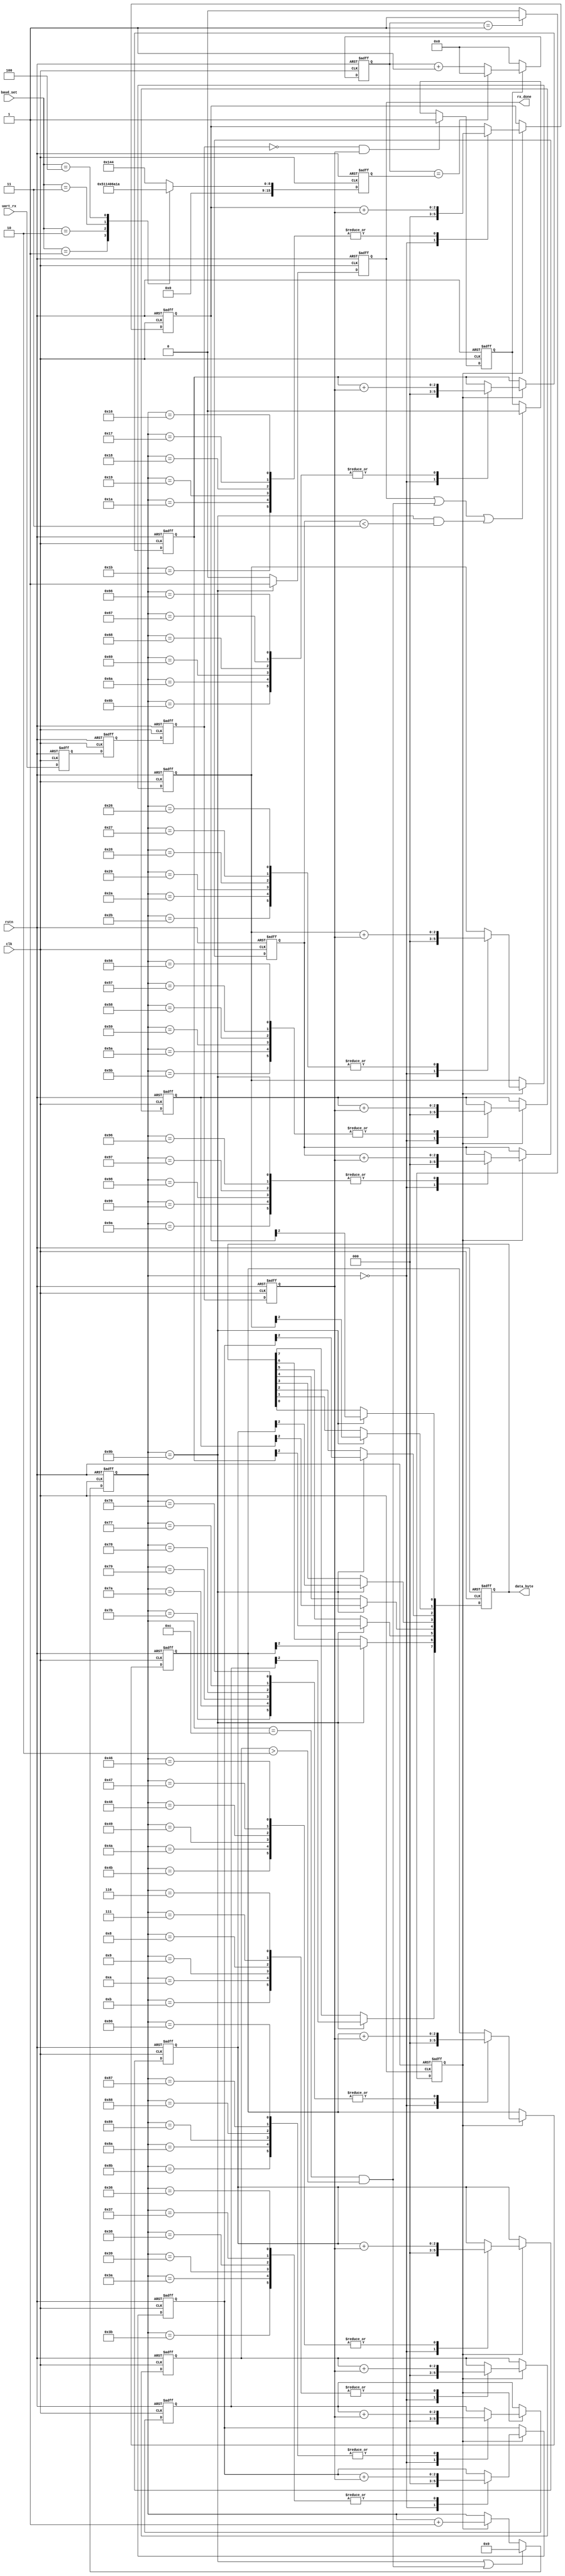
module uart_byte_rx(
    clk,
    rstn,

    uart_rx,
    baud_set,

    data_byte,
    rx_done
);

input wire clk;
input wire rstn;
input wire uart_rx;
input wire [2:0] baud_set;
output reg [7:0] data_byte;
output reg rx_done;

reg [2:0] START_BIT;
reg [2:0] STOP_BIT;
reg [7:0] bps_cnt;

//one bit CDC;
reg uart_rx_sync0;
reg uart_rx_sync1;
always @(posedge clk or negedge rstn) begin
    if (!rstn) begin
        uart_rx_sync0 <= 1'b0;
        uart_rx_sync1 <= 1'b0;
    end
    else begin
        uart_rx_sync0 <= uart_rx;
        uart_rx_sync1 <= uart_rx_sync0;
    end
end

//edge detect;
reg uart_rx_sync1_dly0;
reg uart_rx_sync1_dly1;
wire uart_rx_sync1_dly1_negedge;
always @(posedge clk or negedge rstn) begin
    if (!rstn) begin
        uart_rx_sync1_dly0 <= 1'b0;
        uart_rx_sync1_dly1 <= 1'b0;
    end
    else begin
        uart_rx_sync1_dly0 <= uart_rx_sync1;
        uart_rx_sync1_dly1 <= uart_rx_sync1_dly0;
    end
end

assign uart_rx_sync1_dly1_negedge = (!uart_rx_sync1_dly0) & uart_rx_sync1_dly1;

//uart_state;
reg uart_state;
always @(posedge clk or negedge rstn) begin
    if (!rstn) begin
        uart_state <= 1'b0;
    end
    else if (uart_rx_sync1_dly1_negedge) begin
        uart_state <= 1'b1;
    end
    else if (rx_done || ((bps_cnt == 8'd12) && (START_BIT > 2)) || ((bps_cnt == 8'd155) && (STOP_BIT < 3))) begin
        uart_state <= 1'b0;
    end
    else begin
        uart_state <= uart_state;
    end
end

//bps_dr gen;
reg [15:0] bps_dr;
always @(posedge clk or negedge rstn) begin
    if (!rstn) begin
        bps_dr <= 16'd0;
    end
    else begin
        case (baud_set) 
            3'd0:       bps_dr <= 16'd324;
            3'd1:       bps_dr <= 16'd162;
            3'd2:       bps_dr <= 16'd80;
            3'd3:       bps_dr <= 16'd53;
            3'd4:       bps_dr <= 16'd26;
            default:    bps_dr <= 16'd324;
        endcase
    end
end

//bps_clk gen;
reg [15:0] div_cnt;
reg bps_clk;
always @(posedge clk or negedge rstn) begin
    if (!rstn) begin
        div_cnt <= 16'd0;
    end
    else if (uart_state) begin
        if (div_cnt == bps_dr) begin
            div_cnt <= 16'd0;
        end
        else begin
            div_cnt <= div_cnt + 1'b1;
        end
    end
    else begin
        div_cnt <= 16'b0;
    end
end

always @(posedge clk or negedge rstn) begin
    if (!rstn) begin
        bps_clk <= 1'b0;
    end
    else if (div_cnt == 16'd1) begin
        bps_clk <= 1'b1;
    end
    else begin
        bps_clk <= 1'b0;
    end
end

//bps_cnt gen;
always @(posedge clk or negedge rstn) begin
    if (!rstn) begin
        bps_cnt <= 8'd0;
    end
    else if ((bps_cnt == 8'd155) || ((bps_cnt == 8'd12) && (START_BIT > 2))) begin
        bps_cnt <= 8'd0;
    end
    else if (bps_clk) begin
        bps_cnt <= bps_cnt + 1'b1;
    end
    else begin
        bps_cnt <= bps_cnt;
    end
end

//rx_done;
always @(posedge clk  or negedge rstn) begin
    if (!rstn) begin
        rx_done <= 1'b0;
    end
    else if (bps_cnt == 8'd155) begin
        rx_done <= 1'b1;
    end
    else begin
        rx_done <= 1'b0;
    end
end

//data_byte_pre;
reg [2:0] data_byte_pre[0:7];
always @(posedge clk or negedge rstn) begin
    if (!rstn) begin
        START_BIT <= 3'd0;
        data_byte_pre[0] <= 3'd0;
        data_byte_pre[1] <= 3'd0;
        data_byte_pre[2] <= 3'd0;
        data_byte_pre[3] <= 3'd0;
        data_byte_pre[4] <= 3'd0;
        data_byte_pre[5] <= 3'd0;
        data_byte_pre[6] <= 3'd0;
        data_byte_pre[7] <= 3'd0;
        STOP_BIT <= 3'd0;
    end
    else if (bps_clk) begin
        case (bps_cnt) 
            0:  begin
                START_BIT <= 3'd0;
                data_byte_pre[0] <= 3'd0;
                data_byte_pre[1] <= 3'd0;
                data_byte_pre[2] <= 3'd0;
                data_byte_pre[3] <= 3'd0;
                data_byte_pre[4] <= 3'd0;
                data_byte_pre[5] <= 3'd0;
                data_byte_pre[6] <= 3'd0;
                data_byte_pre[7] <= 3'd0;
                STOP_BIT <= 3'd0;
            end
            6,7,8,9,10,11:  begin
                START_BIT <= START_BIT + uart_rx_sync1_dly1;
            end
            22,23,24,25,26,27:  begin
                data_byte_pre[0] <= data_byte_pre[0] + uart_rx_sync1_dly1;
            end
            38,39,40,41,42,43:  begin
                data_byte_pre[1] <= data_byte_pre[1] + uart_rx_sync1_dly1;
            end
            54,55,56,57,58,59:  begin
                data_byte_pre[2] <= data_byte_pre[2] + uart_rx_sync1_dly1;
            end
            70,71,72,73,74,75:  begin
                data_byte_pre[3] <= data_byte_pre[3] + uart_rx_sync1_dly1;
            end
            86,87,88,89,90,91:  begin
                data_byte_pre[4] <= data_byte_pre[4] + uart_rx_sync1_dly1;
            end
            102,103,104,105,106,107:  begin
                data_byte_pre[5] <= data_byte_pre[5] + uart_rx_sync1_dly1;
            end
            118,119,120,121,122,123:  begin
                data_byte_pre[6] <= data_byte_pre[6] + uart_rx_sync1_dly1;
            end
            134,135,136,137,138,139:  begin
                data_byte_pre[7] <= data_byte_pre[7] + uart_rx_sync1_dly1;
            end
            150,151,152,153,154,155:  begin
                STOP_BIT <= STOP_BIT + uart_rx_sync1_dly1;
            end
            default:    begin
                START_BIT <= START_BIT;
                data_byte_pre[0] <= data_byte_pre[0];
                data_byte_pre[1] <= data_byte_pre[1];
                data_byte_pre[2] <= data_byte_pre[2];
                data_byte_pre[3] <= data_byte_pre[3];
                data_byte_pre[4] <= data_byte_pre[4];
                data_byte_pre[5] <= data_byte_pre[5];
                data_byte_pre[6] <= data_byte_pre[6];
                data_byte_pre[7] <= data_byte_pre[7];
                STOP_BIT <= STOP_BIT;
            end
        endcase
    end       
end

//data_byte;
always @(posedge clk or negedge rstn) begin
    if (!rstn) begin
        data_byte <= 8'b0;
    end
    else if (bps_cnt == 8'd155) begin
        data_byte[0] <= data_byte_pre[0][2];
        data_byte[1] <= data_byte_pre[1][2];
        data_byte[2] <= data_byte_pre[2][2];
        data_byte[3] <= data_byte_pre[3][2];
        data_byte[4] <= data_byte_pre[4][2];
        data_byte[5] <= data_byte_pre[5][2];
        data_byte[6] <= data_byte_pre[6][2];
        data_byte[7] <= data_byte_pre[7][2];
    end   
end

endmodule